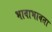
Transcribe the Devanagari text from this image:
भावाभावता